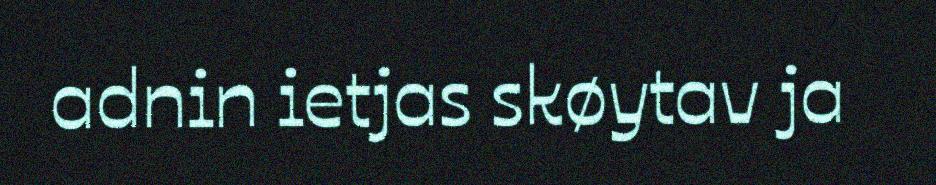
adnin ietjas skøytav ja